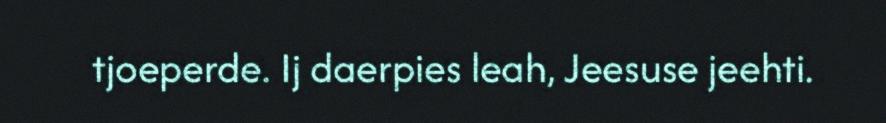
tjoeperde. Ij daerpies leah, Jeesuse jeehti.